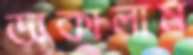
ডাকালাম